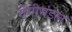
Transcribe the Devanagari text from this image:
वेंगीमंडल